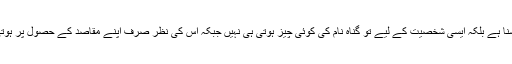
یہ ایک ایسی شخصیت کا مالک شخص ہے جو صرف لذتِ گناہ سے آشنا ہے بلکہ ایسی شخصیت کے لیے تو گناہ نام کی کوئی چیز ہوتی ہی نہیں جبکہ اس کی نظر صرف اپنے مقاصد کے حصول پر ہوتی ہے اور اس کی ذات کو راحت صرف اس حصول سے ہی ملتی ہے۔